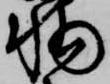
輔